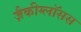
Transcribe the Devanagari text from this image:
ज़ैकीग्लॉसस